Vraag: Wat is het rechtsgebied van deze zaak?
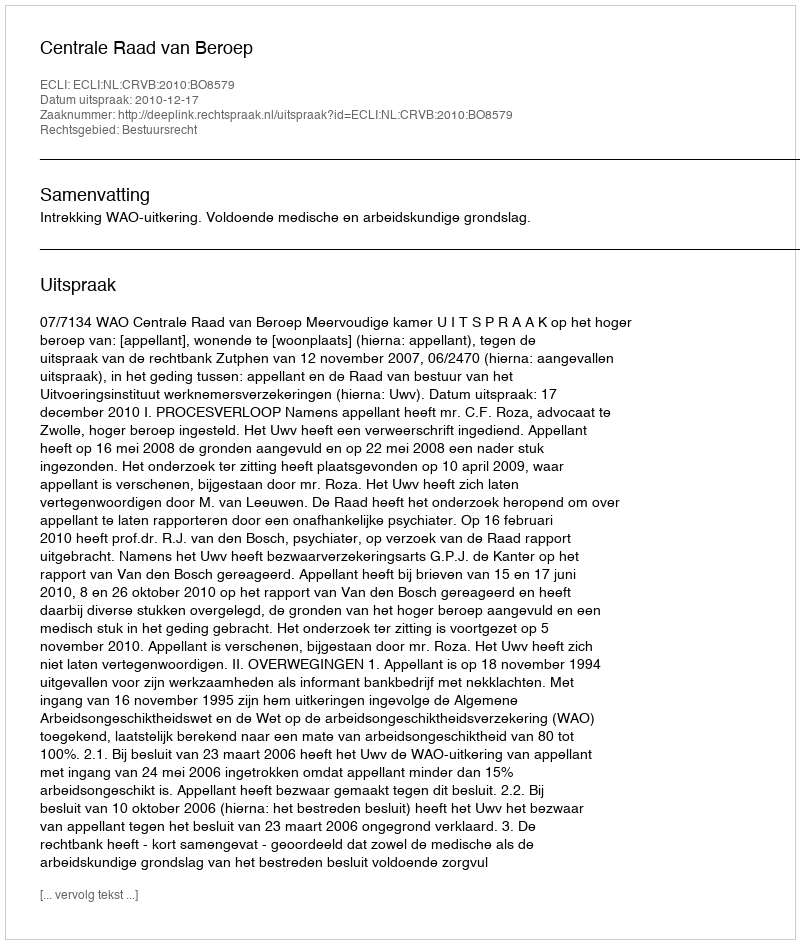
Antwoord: Bestuursrecht